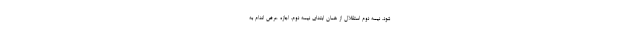
شود. نیمه دوم استقلال از همان ابتدای نیمه دوم، اجازه عرض اندام به